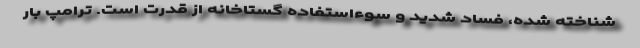
شناخته شده، فساد شدید و سوءاستفاده گستاخانه از قدرت است. ترامپ بار